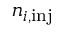
n _ { i , \mathrm { i n j } }